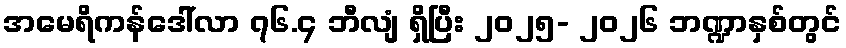
အမေရိကန်ဒေါ်လာ ၇၆.၄ ဘီလျံ ရှိပြီး ၂၀၂၅- ၂၀၂၆ ဘဏ္ဍာနှစ်တွင်